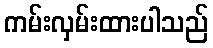
ကမ်းလှမ်းထားပါသည်